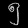
Digit: ၅